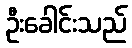
ဦးခေါင်းသည်